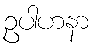
ဥပါဟနာ